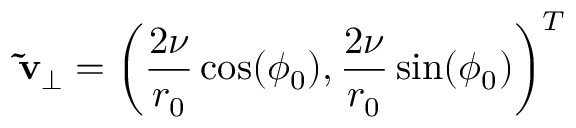
\mathbf { \tilde { v } } _ { \perp } = \left( \frac { 2 \nu } { r _ { 0 } } \cos ( \phi _ { 0 } ) , \frac { 2 \nu } { r _ { 0 } } \sin ( \phi _ { 0 } ) \right) ^ { T }